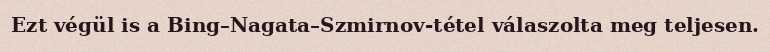
Ezt végül is a Bing–Nagata–Szmirnov-tétel válaszolta meg teljesen.